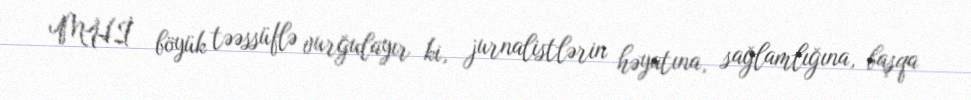
MHİ böyük təəssüflə vurğulayır ki, jurnalistlərin həyatına, sağlamlığına, başqa